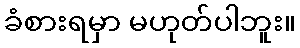
ခံစားရမှာ မဟုတ်ပါဘူး။